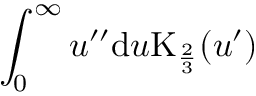
\int _ { 0 } ^ { \infty } u ^ { \prime \prime } \mathrm { d } u \mathrm { K } _ { \frac { 2 } { 3 } } ( u ^ { \prime } )